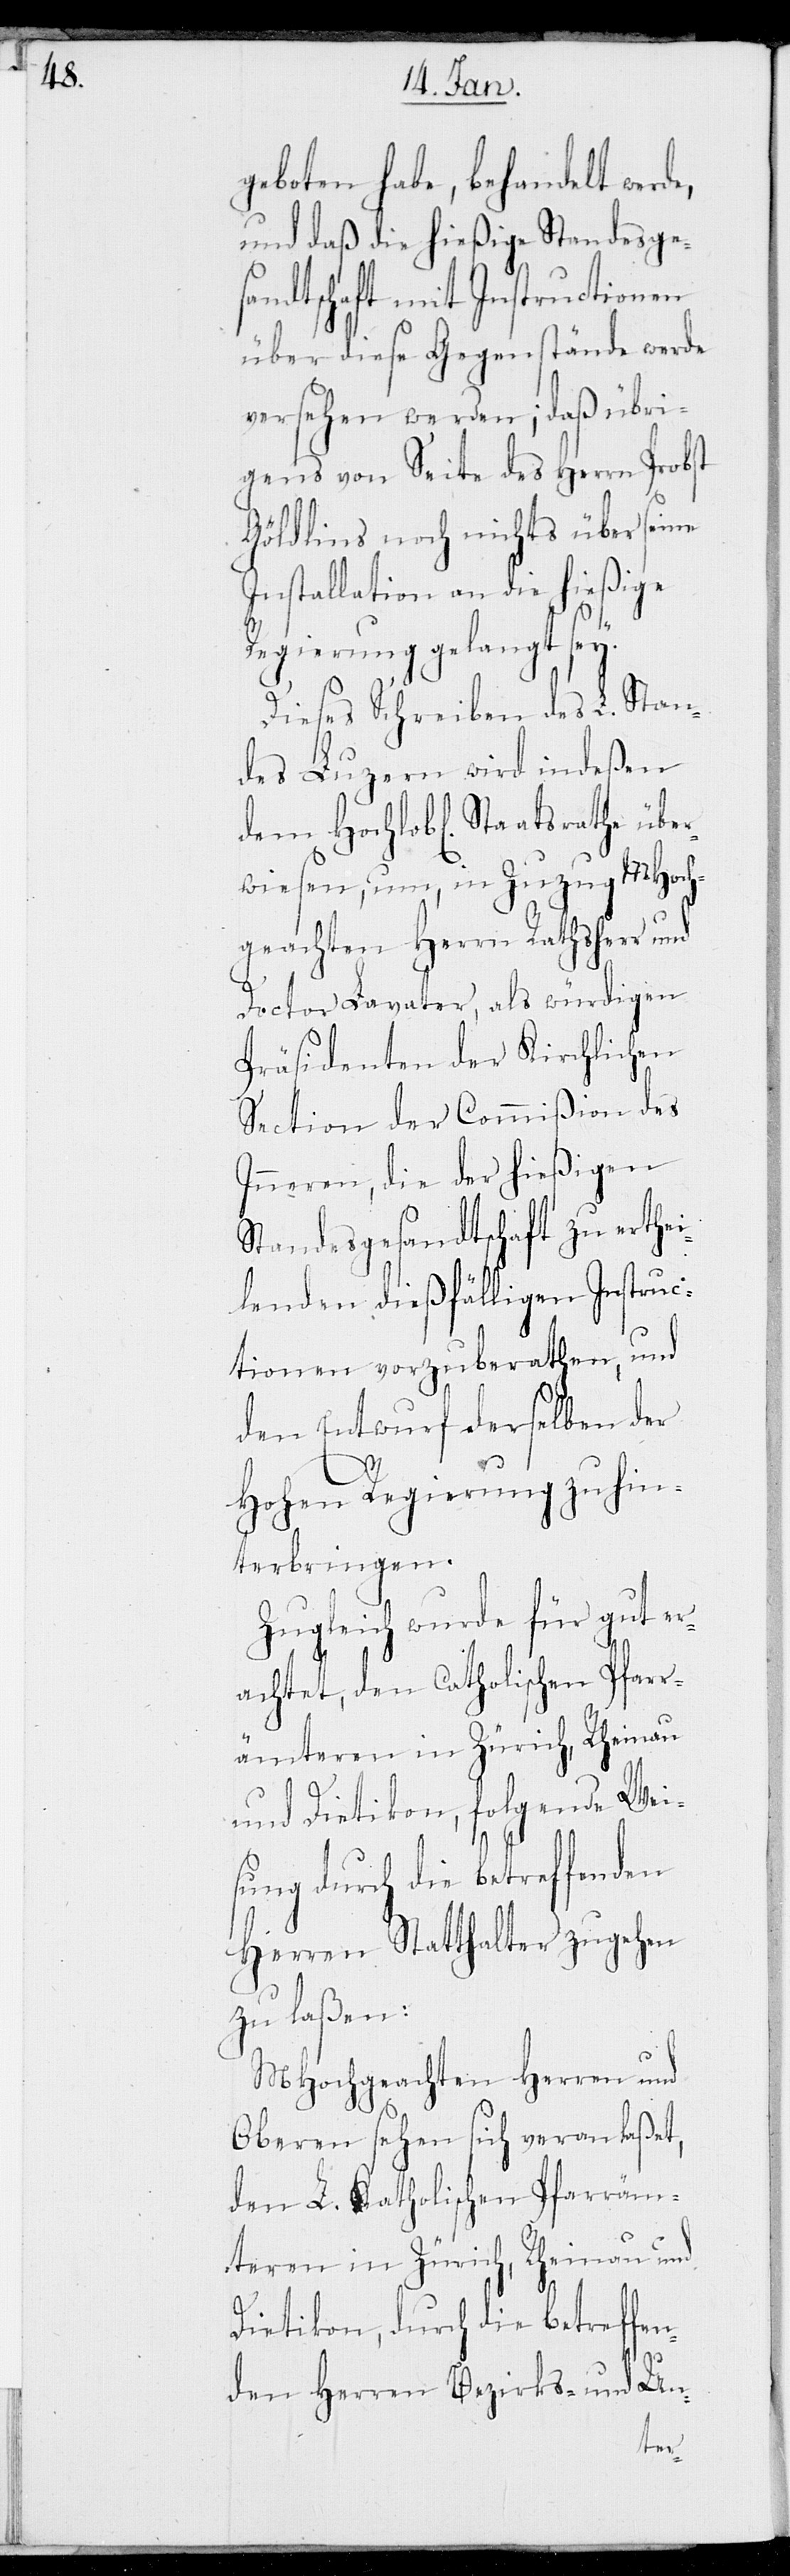
geboten habe, behandelt werde,
und daß die hießige Standesge¬
sandtschaft mit Instructionen
über diese Gegenstände werde
versehen werden; daß übri¬
gens von Seite des Herrn Probst
Göldlins noch nichts über seine
Installation an die hießige
Regierung gelangt sey.
Dieses Schreiben des L. Stan¬
des Luzern wird indeßen
dem Hochlobl. Staatsrathe über¬
wiesen, um, in Zuzug MHoch¬
geachten Herrn Rathsherr und
Doctor Lavater, als würdigen
Präsidenten der Kirchlichen
Section der Commißion des
Inneren, die der hießigen
Standesgesandtschaft zu erthei¬
lenden dießfälligen Instruc¬
tionen vorzuberathen, und
den Entwurf derselben der
Hohen Regierung zu hin¬
terbringen.
Zugleich wurde für gut er¬
achtet, den Catholischen Pfarr¬
ämteren in Zürich, Rheinau
und Dietikon, folgende Wei¬
sung durch die betreffenden
Herren Statthalter zugehen
zu laßen:
MHochgeachten Herren und
Oberen sehen sich veranlaßet,
den L. Katholischen Pfarräm¬
teren in Zürich, Rheinau und
Dietikon, durch die betreffen¬
den Herren Bezirks- und Un-